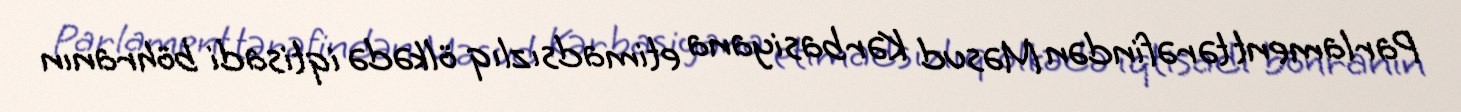
Parlament tərəfindən Məsud Kərbasiyana etimadsızlıq ölkədə iqtisadi böhranın